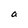
Character: a